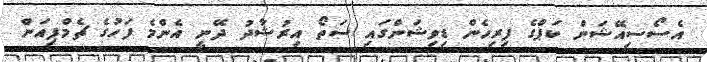
އެސޯސިއޭޝަން ކަޕްގެ ފިރިހެން ޑިވިޝަންގައި ސަތޯ އިރުޝާދު ދޭނީ އެންމެ ފަހުގެ ޗެމްޕިއަން